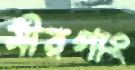
মীরগাং